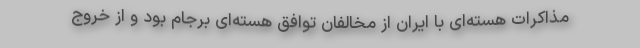
مذاکرات هسته‌ای با ایران از مخالفان توافق هسته‌ای برجام بود و از خروج